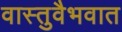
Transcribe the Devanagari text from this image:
वास्तुवैभवात